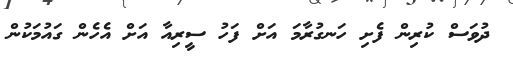
ދުވަސް ކުރިން ފެށި ހަނގުރާމަ އަށް ފަހު ސީރިއާ އަށް އެހެން ގައުމަކުން